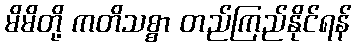
မိမိတို့ ကတိသစ္စာ တည်ကြည်နိုင်ရန်